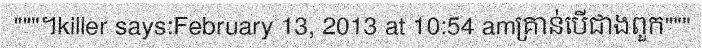
"""។killer says:February 13, 2013 at 10:54 amគ្រាន់បើជាងពួក"""